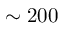
\sim 2 0 0